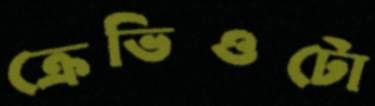
ক্রেভিওটো